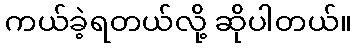
ကယ်ခဲ့ရတယ်လို့ ဆိုပါတယ်။